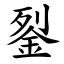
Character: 銐